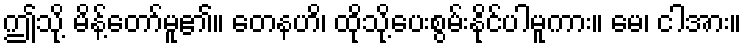
ဤသို့ မိန့်တော်မူ၏။ တေနဟိ၊ ထိုသို့ပေးစွမ်းနိုင်ပါမူကား။ မေ၊ ငါအား။